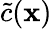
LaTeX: \tilde{c}(\textbf{x})